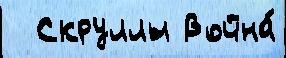
  Скруллы Война́